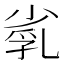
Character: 𡮑